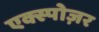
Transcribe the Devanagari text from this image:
एक्स्पोज़र